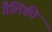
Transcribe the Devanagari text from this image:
गैलिकी